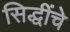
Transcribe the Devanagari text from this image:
सिद्धींचे